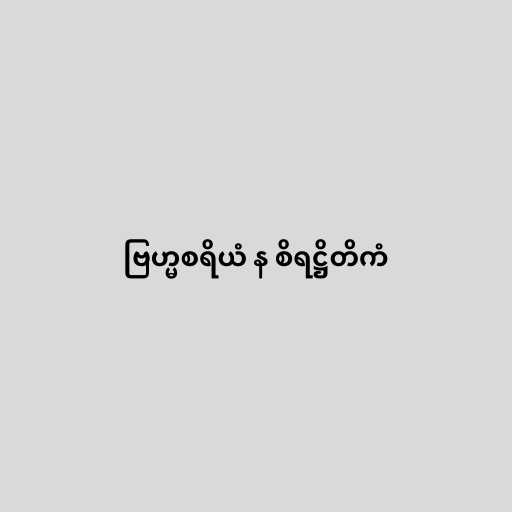
ဗြဟ္မစရိယံ န စိရဋ္ဌိတိကံ